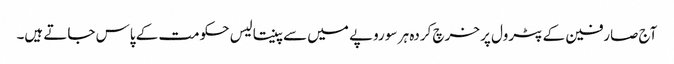
آج صارفین کے پٹرول پر خرچ کردہ ہر سو روپے میں سے پینتالیس حکومت کے پاس جاتے ہیں۔